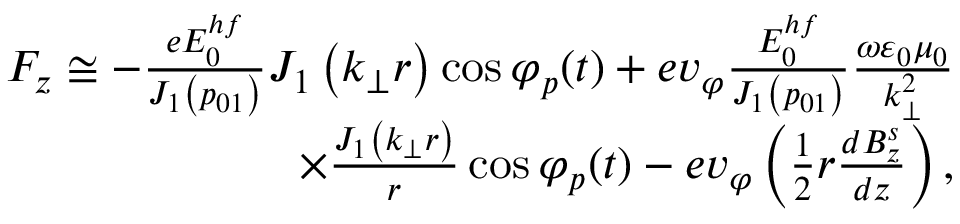
\begin{array} { r } { F _ { z } \cong - \frac { e E _ { 0 } ^ { h f } } { J _ { 1 } \left( p _ { 0 1 } \right) } J _ { 1 } \left( k _ { \perp } r \right) \cos \varphi _ { p } ( t ) + e v _ { \varphi } \frac { E _ { 0 } ^ { h f } } { J _ { 1 } \left( p _ { 0 1 } \right) } \frac { \omega \varepsilon _ { 0 } \mu _ { 0 } } { k _ { \perp } ^ { 2 } } } \\ { \times \frac { J _ { 1 } \left( k _ { \perp } r \right) } { r } \cos \varphi _ { p } ( t ) - e v _ { \varphi } \left( \frac { 1 } { 2 } r \frac { d B _ { z } ^ { s } } { d z } \right) , } \end{array}